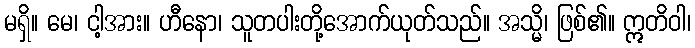
မရှိ။ မေ၊ ငါ့အား။ ဟီနော၊ သူတပါးတို့အောက်ယုတ်သည်။ အသ္မိ၊ ဖြစ်၏။ ဣတိဝါ၊